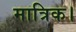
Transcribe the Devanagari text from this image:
मात्रिक।